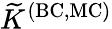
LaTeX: {\widetilde K}^{\mathrm{{(BC,MC)}}}